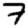
Digit: 7